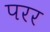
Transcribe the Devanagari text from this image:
परर